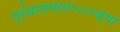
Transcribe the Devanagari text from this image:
ग्रंथालयात१८०च्या